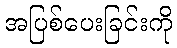
အပြစ်ပေးခြင်းကို